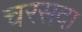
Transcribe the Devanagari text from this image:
चरसदा